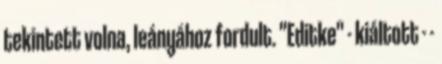
tekintett volna, leányához fordult. "Editke" - kiáltott - -